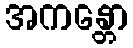
အကန္တော